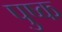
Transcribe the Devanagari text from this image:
पुष्क